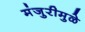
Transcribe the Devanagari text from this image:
मंजुरीमुळे